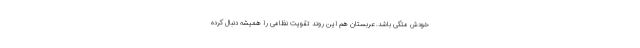
خودش متکی باشد. عربستان هم این روند تقویت نظامی را همیشه دنبال کرده